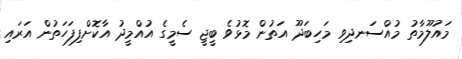
މައުލޫމާތު މުއްސަނދިވި މަހިބަދޫ އަތުން މޮޅުވެ ބީޖީ ސެމީގެ އުއްމީދު އާކޮށްފިފަހަތުން އަރައި